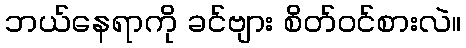
ဘယ်နေရာကို ခင်ဗျား စိတ်ဝင်စားလဲ။